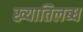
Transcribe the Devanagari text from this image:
ख्‍यातिलब्‍ध